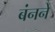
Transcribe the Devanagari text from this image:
बंनने